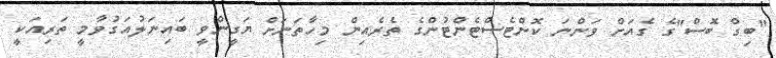
"ބިގް ބޮސް"ގެ ގެއަށް ވަންނަ ކޮންޓެސްޓެންޓުންގެ ތެރެއިން މިހާތަނަށް ޔަގީންވީ ބައިނަލުއަގުވާމީ ތަރިއަކީ